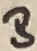
Text: B